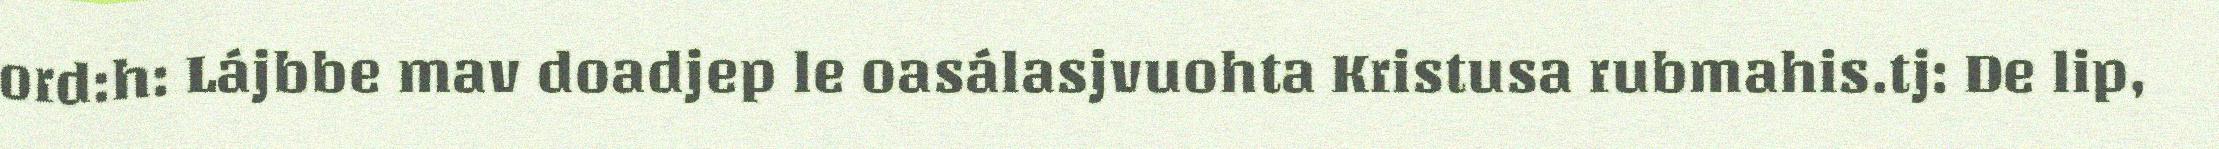
ord:h: Lájbbe mav doadjep le oasálasjvuohta Kristusa rubmahis.tj: De lip,